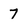
Character: 7